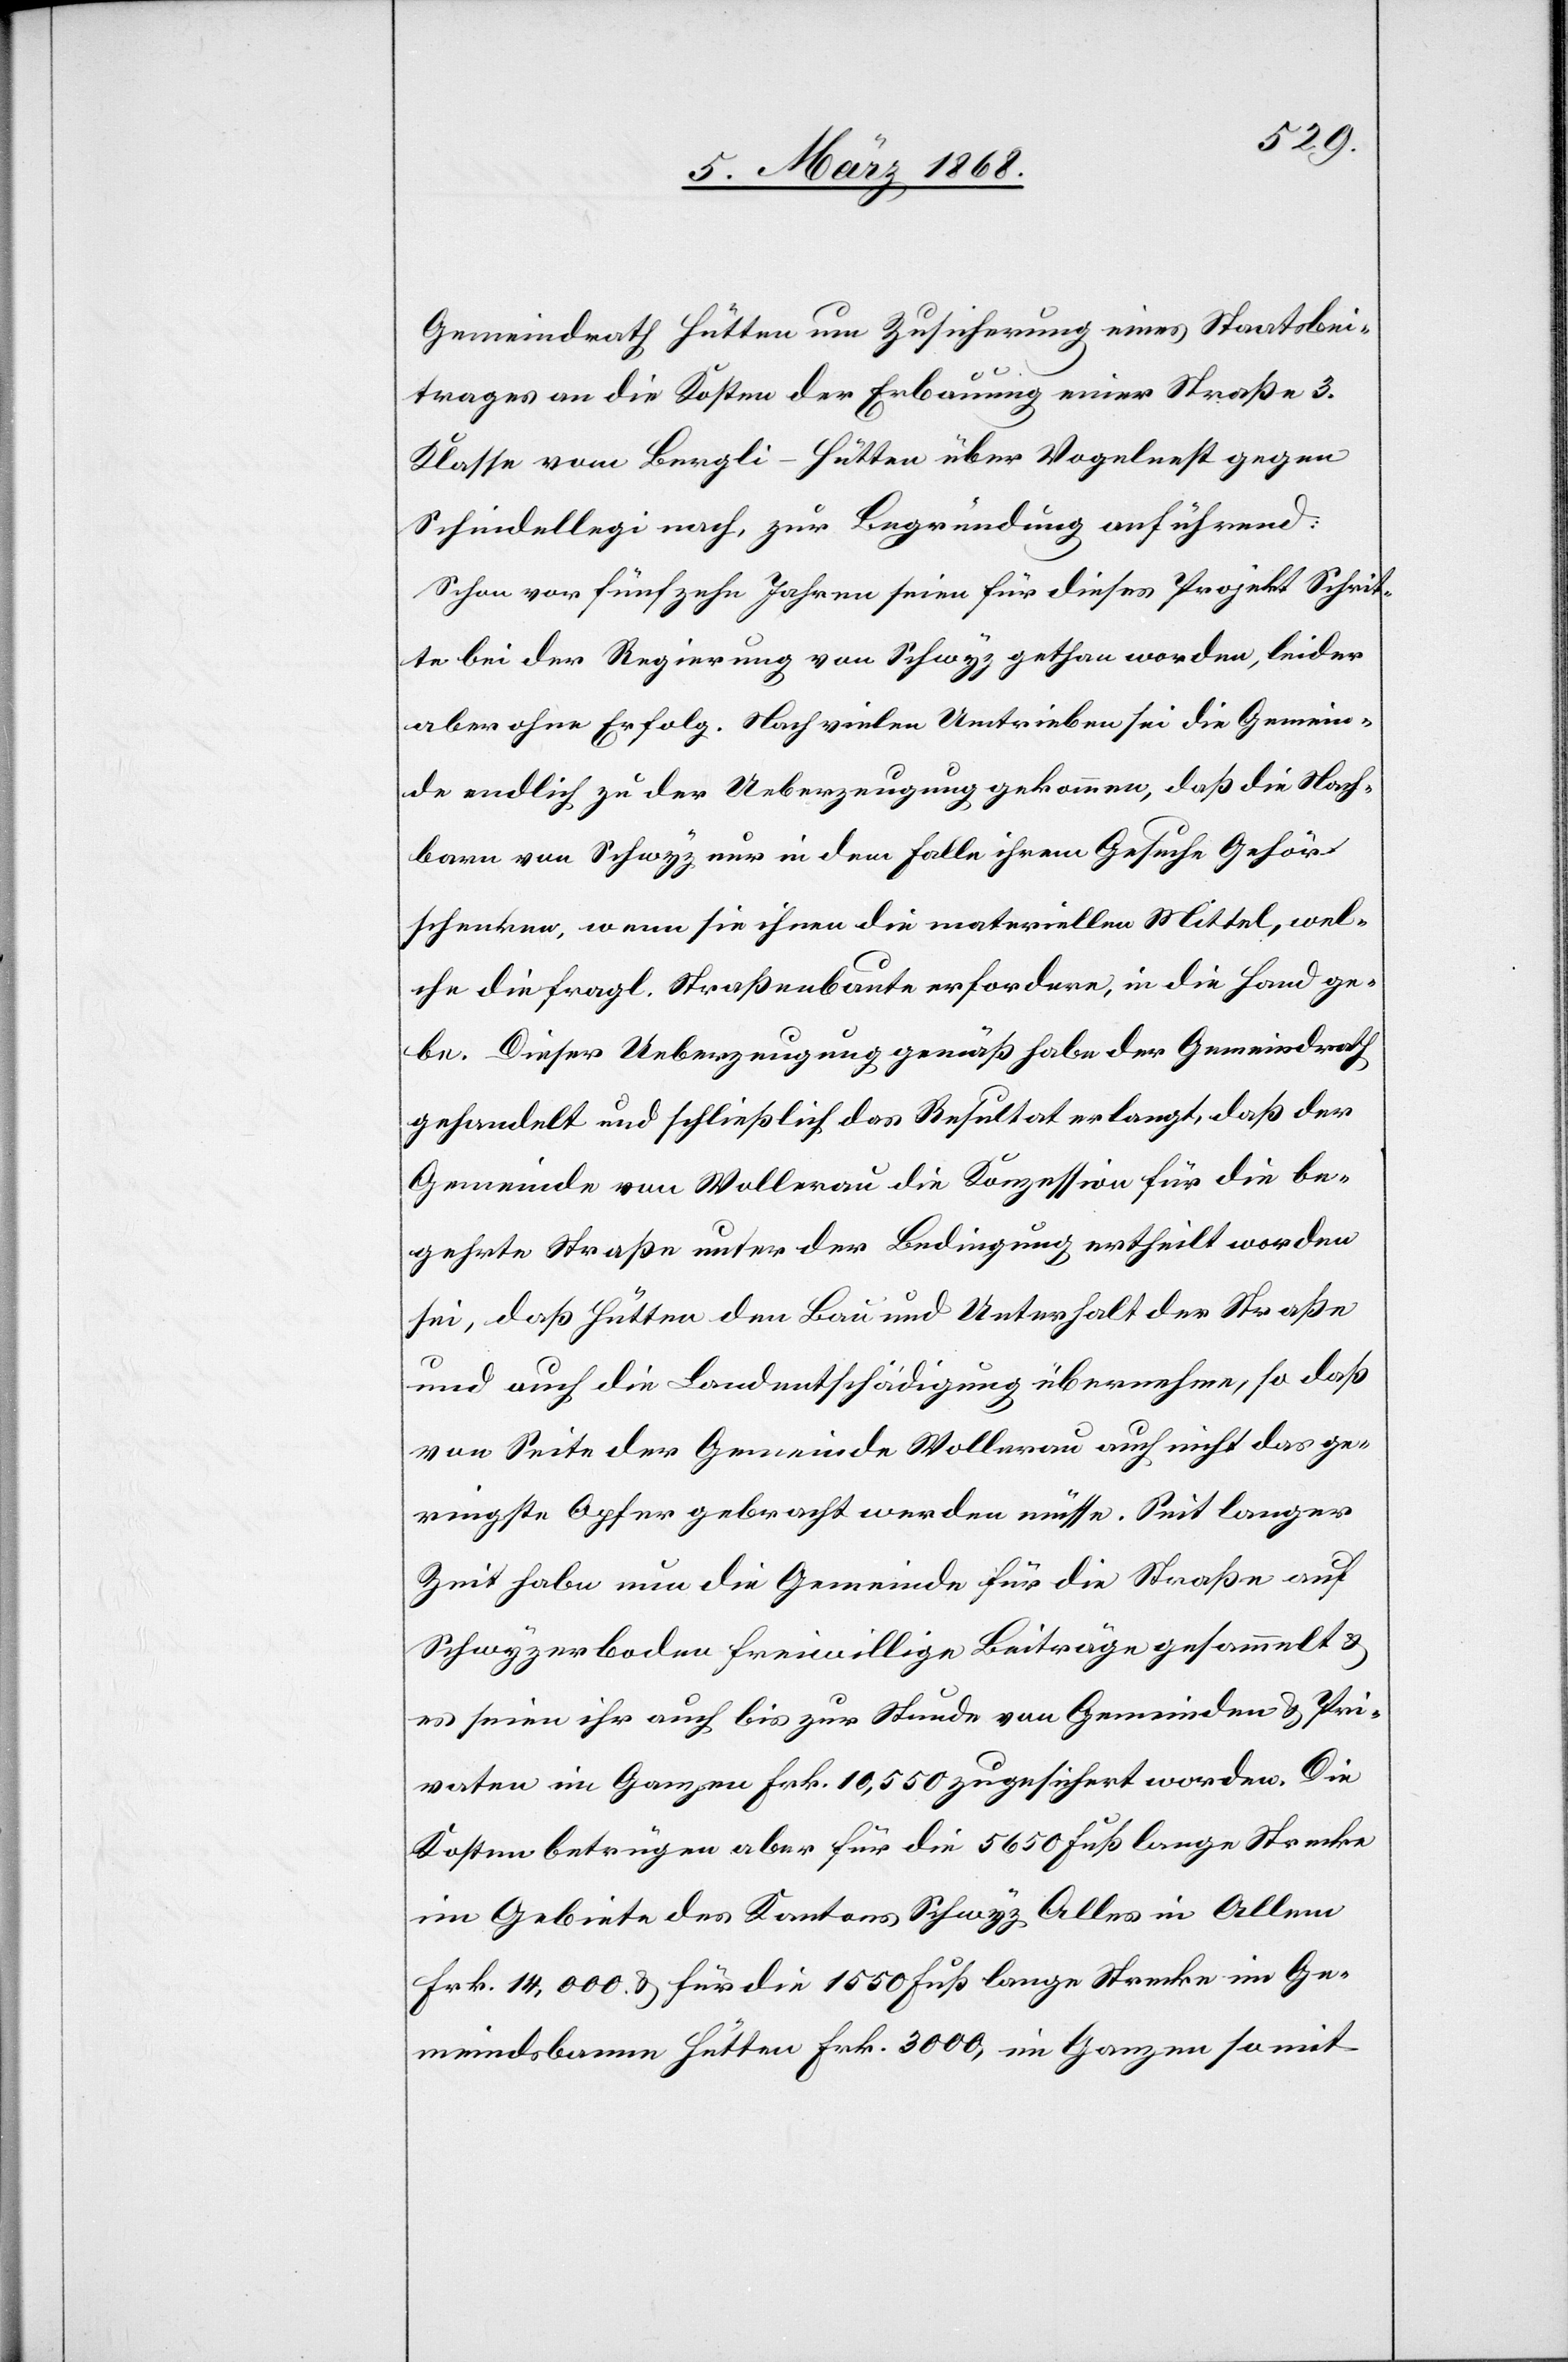
Gemeindrath Hütten um Zusicherung eines Staatsbei¬
trages an die Kosten der Erbauung einer Straße 3.
Klasse vom Bergli-Hütten über Vogelnest gegen
Schindellegi nach, zur Begründung anführend:
Schon vor fünfzehn Jahren seien für dieses Projekt Schrit¬
te bei der Regierung von Schwyz gethan worden, leider
aber ohne Erfolg. Nach vielen Umtrieben sei die Gemein¬
de endlich zu der Ueberzeugung gekommen, daß die Nach¬
barn von Schwyz nur in dem Falle ihrem Gesuche Gehör
schenken, wenn sie ihnen die materiellen Mittel, wel¬
che die fragl. Straßenbaute erfordere, in die Hand ge¬
be. Dieser Ueberzeugung gemäß habe der Gemeindrath
gehandelt und schließlich das Resultat erlangt, daß der
Gemeinde von Wollerau die Konzession für die be¬
gehrte Straße unter der Bedingung ertheilt worden
sei, daß Hütten den Bau und Unterhalt der Straße
und auch die Landentschädigung übernehme, so daß
von Seite der Gemeinde Wollerau auch nicht das ge¬
ringste Opfer gebracht werden müsse. Seit langer
Zeit habe nun die Gemeinde für die Straße auf
Schwyzerboden freiwillige Beiträge gesammelt &
es seien ihr auch bis zur Stunde von Gemeinden & Pri¬
vaten im Ganzen Frk. 10,550 zugesichert worden. Die
Kosten betrügen aber für die 5650 Fuß lange Strecke
im Gebiete des Kantons Schwyz Alles in Allem
Frk. 14,000. & für die 1550 Fuß lange Strecke im Ge¬
meindsbanne Hütten Frk. 3000, im Ganzen somit